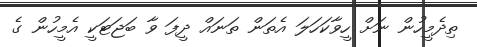
ތިދެމީހުން ނަށް ހީވާކަހަލަ އެތަން ތަނައް ދީފަ ވާ ބަޖަޓަކީ އެމީހުން ގެ